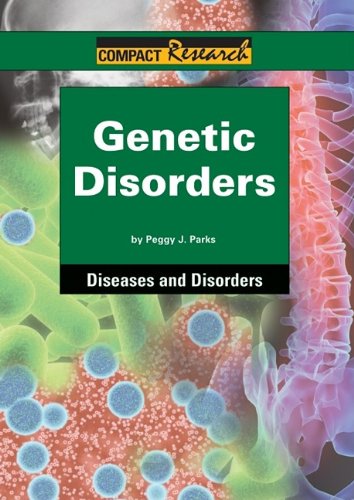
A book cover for Genetic Disorders (Compact Research Series); Peggy J. Parks; Teen & Young Adult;